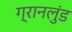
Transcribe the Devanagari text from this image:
ग्रानलुंड